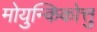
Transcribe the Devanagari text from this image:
मोयुन्किकोत्तु